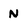
Character: N